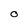
Character: O